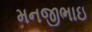
મનજીભાઇ